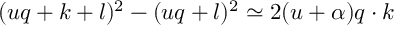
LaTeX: ( u q + k + l ) ^ { 2 } - ( u q + l ) ^ { 2 } \simeq 2 ( u + \alpha ) q \cdot k